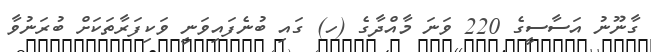
ގާނޫނު އަސާސީގެ 220 ވަނަ މާއްދާގެ (ހ) ގައި ބުނެފައިވަނީ ވަކިފަރާތަކަށް ބުރަނުވާ